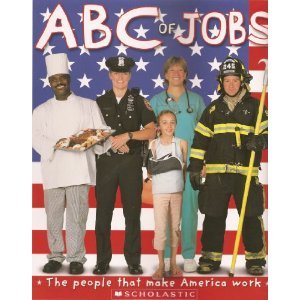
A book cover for ABC of Jobs and Career Day/ 2 Book Set; Roger Priddy and Anne Rockwell; Business & Money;